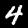
Digit: 4